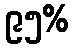
၉၅%